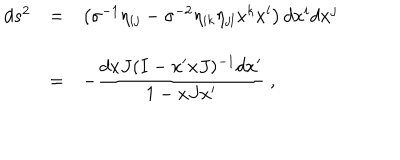
\begin{array} { r c l } { { d s ^ { 2 } } } & { { = } } & { { \left( \sigma ^ { - 1 } \eta _ { i j } - \sigma ^ { - 2 } \eta _ { i k } \eta _ { j l } x ^ { k } x ^ { l } \right) d x ^ { i } d x ^ { j } } } \\ { { } } & { { = } } & { { - \displaystyle \frac { d x J ( I - x ^ { \prime } x J ) ^ { - 1 } d x ^ { \prime } } { 1 - x J x ^ { \prime } } ~ , } } \\ \end{array}